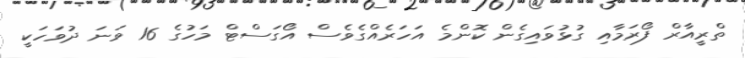
ތްރީއާރް ފޯރަމާއި ގުޅުވައިގެން ކޮންމެ އަހަރެއްގެވެސް އޯގަސްޓް މަހުގެ 16 ވަނަ ދުވަހަކީ